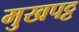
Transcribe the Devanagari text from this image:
मुखपट्ट